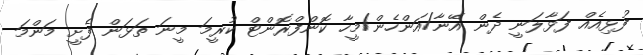
ފުޅިއެއް ފަޅާލަނީ ދެން އޭނާ/އަންހެން/މީހާ ކޮންފްރޮންޓް ކުރީމަ މީނަ ތަޅަން ފެށީ މަންމަ